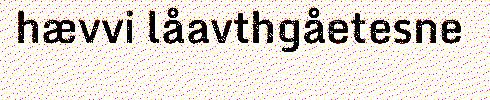
hævvi låavthgåetesne